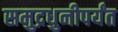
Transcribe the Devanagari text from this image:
समुद्रधुनीपर्यंत